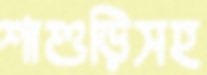
শাশুড়িসহ